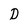
Character: D